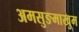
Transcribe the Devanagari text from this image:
अमसुङमाखुम